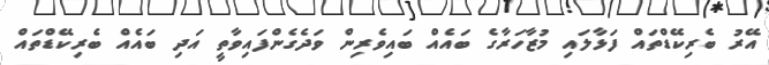
އޭރު ބެރިކޭޑްތައް ފަޅާލައި މުޒާހަރާގެ ބައެއް ބައިވެރިން ވަދެގެންފައިވާތީ އަދި ބައެއް ބެރިކޭޑްތައް